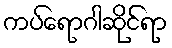
ကပ်ရောဂါဆိုင်ရာ